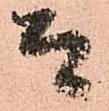
而